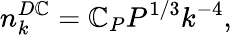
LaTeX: n_{k}^{D\mathbb{C}}=\mathbb{C}_{P}P^{1/3}k^{-4},